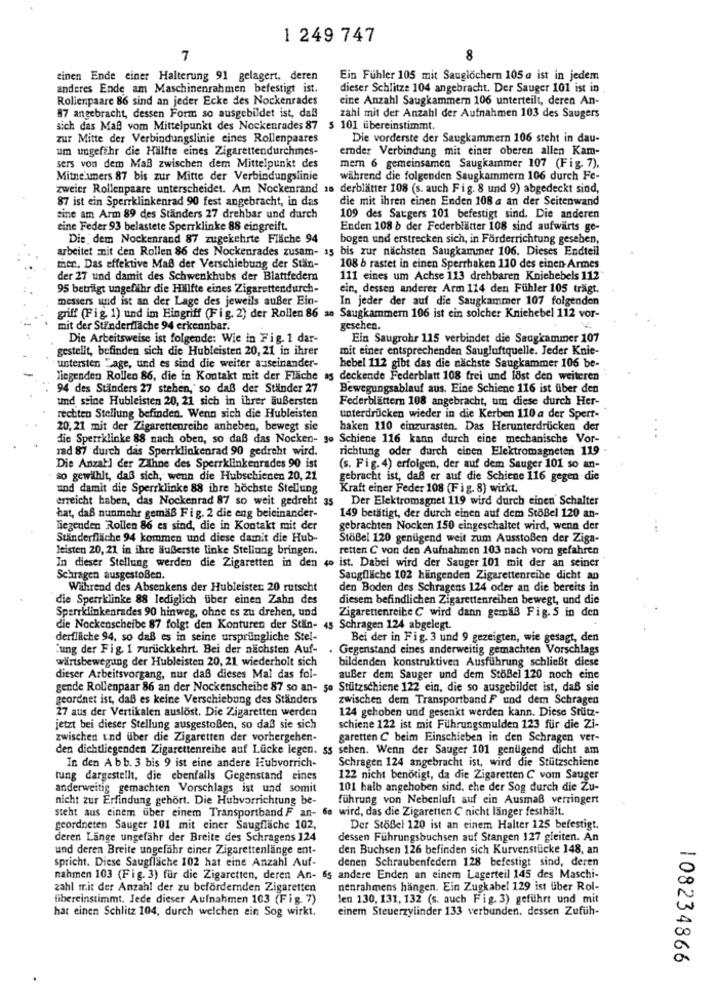
1 249 747
7
8
einen Ende einer Halterung 91 gelagert, deren
Ein Fühler 105 mit Sauglöchern 105 a ist in jedem
anderes Ende am Maschinenrahmen befestigt ist.
dieser Schlitze 104 angebracht. Der Sauger 101 ist in .
Rollenpaare 86 sind an jeder Ecke des Nockenrades
eine Anzahl Saugkammern 106 unterteilt, deren An-
87 angebracht, dessen Form so ausgebildet ist, daß
zahi mit der Anzahl der Aufnahmen 103 des Saugers
sich das Maß vom Mittelpunkt des Nockenrades 87
$ 101 übereinstimmt.
zur Mitte der Verbindungslinie eines Rollenpaares
Die vorderste der Saugkammern 106 steht in dau-
um ungefähr die Hälfte eines Zigarettendurchmes-
emnder Verbindung mit einer oberen allen Kam-
sers von dem Maß zwischen dem Mittelpunkt des
mem 6 gemeinsamen Saugkammer 107 (Fig. 7),
Mitne umers 87 bis zur Mitte der Verbindungslinie
während die folgenden Saugkammern 106 durch Fe-
zweier Rollenpaare unterscheidet. Am Nockenrand 10 derblätter 108 (s. auch Fig. 8 und 9) abgedeckt sind,
87 ist ein Sperrklinkenrad 90 fest angebracht, in das
die mit ihren einen Enden 108 a an der Seitenwand
tine am Arm 89 des Standers 27 drehbar und durch
109 des Satgers 101 befestigt sind. Die anderen
eine Feder 93 belastete Sperrklinke 88 eingreift.
Enden 108 b der Federblätter 108 sind aufwärts ge-
Die dem Nockenrand 87 zugekehrte Fläche 94
bogen und erstrecken sich, in Förderrichtung gesehen,
arbeitet mit den Rollen 86 des Nockenrades zusam- as bis zur nächsten Saugkammer 106. Dieses Endtell
mer. Das effektive Maß der Verschiebung der Stan-
108 b rastet in einen Sperrhaken 110 des einen-Armes
der 27 und damit des Schwenkhubs der Blattfedern
111 eines um Achse 113 drehbaren Kniehebels 112
95 beträgt ungefähr die Hälfte eines Zigarettendurch-
ein, dessen anderer Arm 114 den Fühler 105 trägt.
messers und ist an der Lage des jeweils außer Ein-
In jeder der auf die Saugkammer 107 folgenden
griff (Fig 1) und im Eingriff (Fig. 2) der Rollen 86 an Saugkammern 106 ist ein solcher Kniehebel 112 vor-
mit der Ständerfläche 94 erkennbar.
gesehen.
Die Arbeitsweise ist folgende: Wie in Fig. 1 dar-
Ein Saugrohr 115 verbindet die Saugkammer 107
gestellt, befinden sich die Hubleisten 20, 21 in ihrer
mit einer entsprechenden Saugluftquelle. Jeder Knie-
untersten Lage, und es sind die weiter auseinander-
hebel 112 gibt das die nächste Saugkammer 106 be-
liegenden Rollen 86, die in Kontakt mit der Fläche
deckende Federblatt 108 frei und lost den weiteren
94 des Standers 27 stehen, so daß der Ständer 27
Bewegungsablauf aus. Eine Schiene 116 ist über den
und seine Hubleisten 20, 21 sich in ihrer äußersten
Federblättern 108 angebracht, um diese durch Her-
rechten Stellung befinden. Wenn sich die Hubleisten
unterdrücken wieder in die Kerben 110 a der Sperr-
20, 21 mit der Zigarettenreihe anheben, bewegt sie
haken 110 einzurasten. Das Herunterdrücken der
die Sperrklinke 88 nach oben, so daß das Nocken- go Schiene 116 kann durch eine mechanische Vor-
rad 87 durch das Sperrklinkenrad 90 gedreht wird.
richtung oder durch einen Elektromagneten 119
Die Anzahl der Zähne des Sperrklinkenrades 90 ist
(s. Fig. 4) erfolgen, der auf dem Sauger 101 so an-
so gewithit, daß sich, wenn die Hubschienen 20, 21
gebracht ist, daß er auf die Schiene 116 gegen die
und damit die Sperrklinke 88 ihre höchste Stellung
Kraft einer Feder 108 (Fig. 8) wirkt.
erreicht haben, das Nockenrad 87 so weit gedreht 35
Der Elektromagnet 119 wird durch einen Schalter
hat, daß nunmehr gemäß Fig. 2 die eng beieinander-
149 betätigt, der durch einen auf dem Stößel 120 an-
liegenden Rollen 86 es sind, die in Kontakt mit der
gebrachten Nocken 150 eingeschaltet wird, wenn der
Ständerfläche 94 kommen und diese damit die Hub-
Stößel 120 genügend weit zum Ausstoßen der Ziga-
leisten 20, 21 in ihre äußerste linke Stellung bringen.
retten C von den Aufnahmen 103 nach vorn gefahren
In dieser Stellung werden die Zigaretten in den 4. ist. Dabei wird der Sauger 101 mit der an seiner
Schragen ausgestoßen.
Saugfläche 102 hiingenden Zigarettenreihe dicht an
Während des Absenkens der Hubleistet: 20 rutscht
den Boden des Schragens 124 oder an die bereits in
die Sperrklinke 88 lediglich über einen Zahn des
diesem befindlichen Zigarettenreihen bewegt, und die
Sperrklinkenrades 90 hinweg, ohne es zu drehen, und
Zigarettenreibe C wird dann gemäß Fig.5 in den
die Nockenscheibe 87 folgt den Konturen der Stin- 45 Schragen 124 abgelegt.
derfläche 94, so daß es in seine ursprüngliche Stel-
Bei der in Fig. 3 und 9 gezeigten, wie gesagt, den
"ung der Fig. 1 zurückkehrt. Bei der nächsten Auf-
. Gegenstand eines anderweitig gemachten Vorschlags
wärtsbewegung der Hubleisten 20, 21 wiederholt sich
bildenden konstruktiven Ausführung schließt diese
dieser Arbeitsvorgang, nur daß dieses Mal das fol-
auBer dem Sauger und dem StöBel 120 noch eine
gende Rollenpaar 86 an der Nockenscheibe 87 so an- so Stützschiene 122 ein, die so ausgebildet ist, daß sie
geordnet ist, daß es keine Verschiebung des Ständers
zwischen dem Transportband F und dem Schragen
27 aus der Vertikalen auslöst. Die Zigaretten werden
124 gehoben und gesenkt werden kann. Diese Stütz-
jetzt bei dieser Stellung ausgestoßen, so daß sie sich
schiene 122 ist mit Führungsmulden 123 für die Zi-
zwischen und uber die Zigaretten der vorhergehen-
garetten C beim Einschieben in den Schragen ver-
den dichtliegenden Zigarettenreihe auf Lücke legen. ss sehen. Wenn der Sauger 101 genügend dicht am
Schragen 124 angebracht ist, wird die Stützschiene
In den Abb. 3 bis 9 ist eine andere Hubvorrich-
tung dargestellt, die ebenfalls Gegenstand eines
122 nicht benötigt, da die Zigaretten C vom Sauger
anderweitig gemachten Vorschlags ist und somit
101 halb angehoben sind, che der Sog durch die Zu-
nicht zur Erfindung gehört. Die Hubvorrichtung be-
führung von Nebenluft auf ein Ausmaß verringert
steht aus einem uber einem Transportband F an- de wird, das die Zigaretten C nicht länger festhält.
geordneten Sauger 101 mit einer Saugfläche 102,
Der StoBel 120 ist an einem Halter 125 befestigt.
deren Lange ungefähr der Breite des Schragens 124
dessen Führungsbuchsen auf Stangen 127 gleiten. An
und deren Breite ungefähr einer Zigarettenlänge ent-
den Buchsen 126 befinden sich Kurvenstücke 148, an
spricht. Diese Saugfläche 102 hat eine Anzahl Auf-
denen Schraubenfedern 128 befestigt sind, deren
nahmen 103 (Fig. 3) für die Zigaretten, deren An- 65 andere Enden an einem Lagerteil 145 des Maschi-
zahl mit der Anzahl der zu befördernden Zigaretten
nenrahmens hängen. Ein Zugkabel 129 ist über Rol-
fibereinstimmt. Jede dieser Aufnahmen 103 (Fig. 7)
len 130, 131, 132 (s. auch Fig. 3) geführt und mit
hat einen Schlitz 104, durch welchen ein Sog wirkt.
einem Steuerzylinder 133 verbunden, dessen Zufüh-
108234866